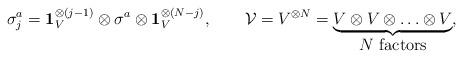
LaTeX: \begin{align*}\sigma_{j}^{a} = \mathbf{1}^{\otimes (j-1)}_{V} \otimes \sigma_{}^{a}\otimes\mathbf{1}^{\otimes (N-j)}_{V}, \qquad{\cal V} = V^{\otimes N} =\underbrace{V\otimes V\otimes \ldots \otimes V}_{\mbox{$N$ factors}},\end{align*}